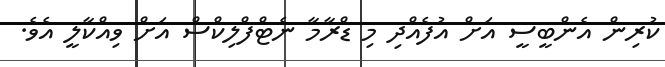
ކުރިން އެންބީސީ އަށް އުފެއްދި މި ޑްރާމާ ނެޓްފްލިކްސް އަށް ވިއްކާލީ އެވެ.